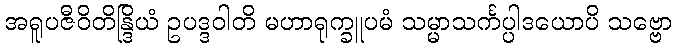
အရူပဇီဝိတိန္ဒြိယံ ဥပဒ္ဒဝါတိ မဟာရုက္ခူပမံ သမ္မာသင်္ကပ္ပါဒယောပိ သဗ္ဗော